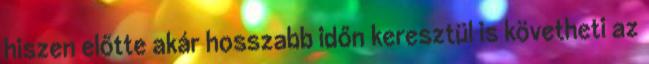
hiszen előtte akár hosszabb időn keresztül is követheti az